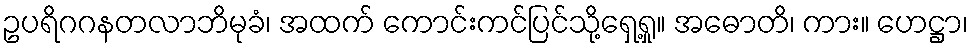
ဥပရိဂဂနတလာဘိမုခံ၊ အထက် ကောင်းကင်ပြင်သို့ရှေ့ရှု။ အဓောတိ၊ ကား။ ဟေဋ္ဌာ၊